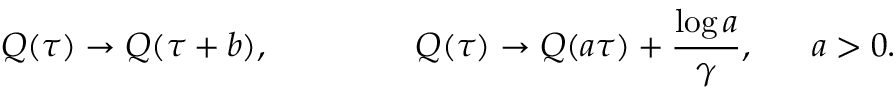
Q ( \tau ) \rightarrow Q ( \tau + b ) , ~ ~ ~ ~ ~ ~ ~ ~ ~ ~ ~ ~ ~ Q ( \tau ) \rightarrow Q ( a \tau ) + \frac { \log a } { \gamma } , ~ ~ ~ ~ ~ a > 0 .